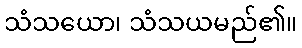
သံသယော၊ သံသယမည်၏။